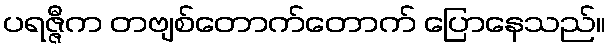
ပရဇ္ဇီက တဗျစ်တောက်တောက် ပြောနေသည်။